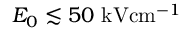
E _ { 0 } \lesssim 5 0 \ensuremath { ~ \mathrm { k V } \mathrm { c m } ^ { - 1 } }